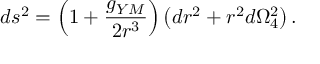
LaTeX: d s ^ { 2 } = \left( 1 + \frac { g _ { Y M } } { 2 r ^ { 3 } } \right) \left( d r ^ { 2 } + r ^ { 2 } d \Omega _ { 4 } ^ { 2 } \right) .